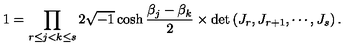
1 = \prod _ { r \le j < k \le s } 2 \sqrt { - 1 } \cosh \frac { \beta _ { j } - \beta _ { k } } { 2 } \times \det \left( J _ { r } , J _ { r + 1 } , \cdots , J _ { s } \right) .